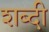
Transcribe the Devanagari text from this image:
शब्दी